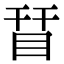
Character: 𥅝